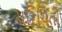
પરિચિતો